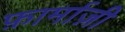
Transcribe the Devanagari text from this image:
फ़ार्माज़ी